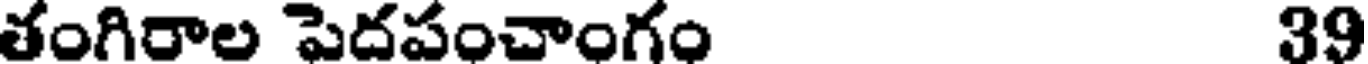
తంగిరాల పెదపంచాంగం 39